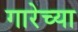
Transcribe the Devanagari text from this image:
गारेच्या